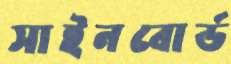
সাইনবোর্ড